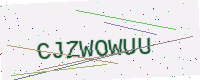
Text: CJZWOWUU